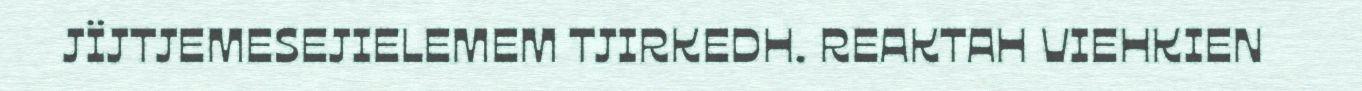
JÏJTJEMESEJIELEMEM TJIRKEDH. REAKTAH VIEHKIEN